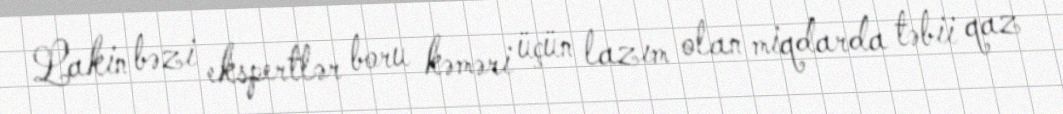
Lakin bəzi ekspertlər boru kəməri üçün lazım olan miqdarda təbii qaz